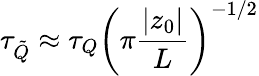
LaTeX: \tau_{\tilde{Q}}\approx\tau_{Q}\left(\pi\frac{|z_{0}|}{L}\right)^{-1/2}